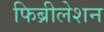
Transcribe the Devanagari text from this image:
फिब्रीलेशन